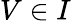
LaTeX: V\in I